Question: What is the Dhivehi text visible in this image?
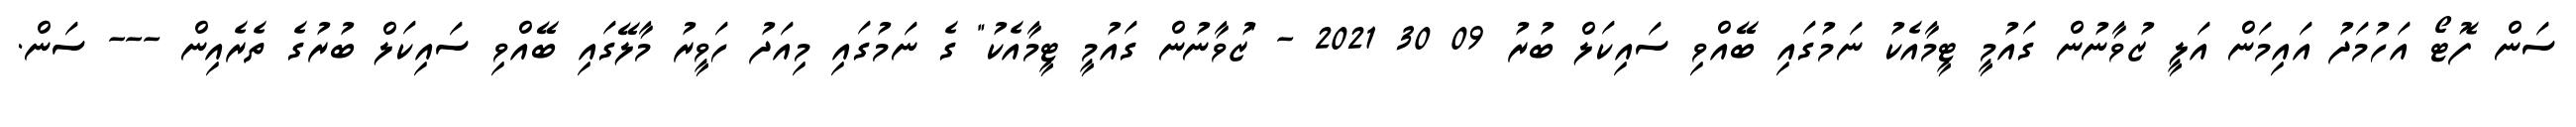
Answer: ސަން ފޮޓޯ އަހުމަދު އައިމަން އަލީ ޒުވާނުން ގައުމީ ޓީމާއެކު ނަމުގައި ބޭއްވި ސައިކަލް ބުރު 09 30 2021 - "ޒުވާނުން ގައުމީ ޓީމާއެކު" ގެ ނަމުގައި މިއަދު ހަވީރު މާލޭގައި ބޭއްވި ސައިކަލް ބުރުގެ ތެރެއިން --- ސަން.